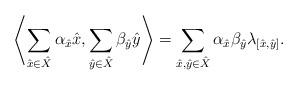
LaTeX: \begin{align*}\left\langle \sum_{\hat{x} \in \hat{X}} \alpha_{\hat{x}}\hat{x}, \sum_{\hat{y} \in \hat{X}} \beta_{\hat{y}}\hat{y} \right\rangle = \sum_{\hat{x}, \hat{y} \in \hat{X}} \alpha_{\hat{x}}\beta_{\hat{y}} \lambda_{[\hat{x}, \hat{y}]}.\end{align*}